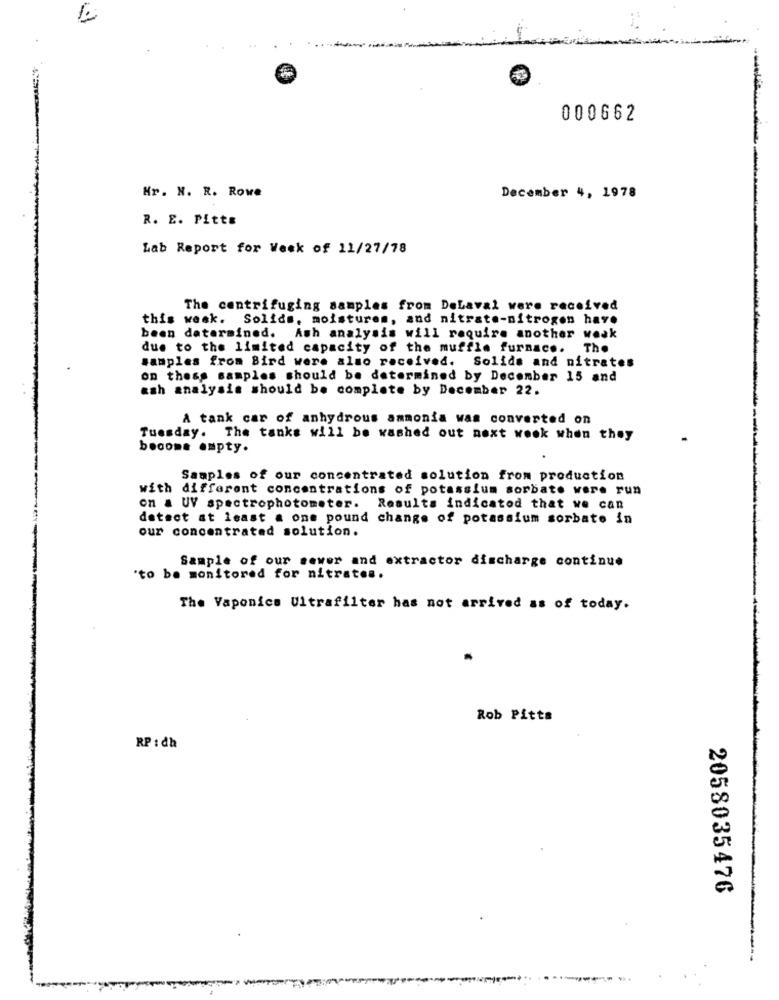
000662
Mr. N. R. Rove
December 4, 1978
R. E. Pitts
Lab Report for Week of 11/27/78
The centrifuging samples from DeLaval were received
this week. Solids, moistures, and nitrate-nitrogen have
been determined. Ash analysis will require another weak
due to the limited capacity of the muffle furnace. The
samples from Bird were also received. Solids and nitrates
on thess samples should be determined by December 15 and
ash analysis should be complete by December 22.
A tank car of anhydrous ammonia was converted on
Tuesday. The tanks will be washed out next week when they
become empty.
Samples of our concentrated solution from production
with different concentrations of potassium sorbate were run
on a UV spectrophotometer. Results indicatod that we can
detect at least a one pound change of potassium sorbato in
our concentrated solution.
Sample of our sewer and extractor discharge continue
"to be monitored for nitrates.
The Vaponics Ultrafilter has not arrived as of today.
Rob Pitts
RP : dh
2058035476